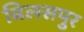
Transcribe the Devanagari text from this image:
बिलसपुर